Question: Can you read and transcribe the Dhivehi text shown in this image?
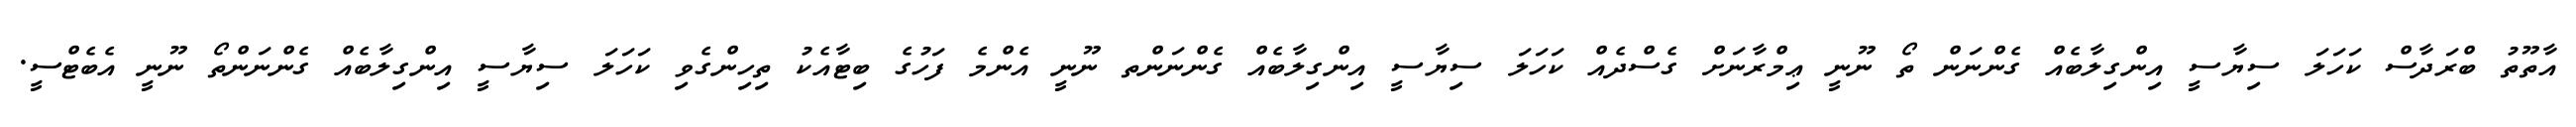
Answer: އާތޫތު ބްރަދާސް ކަހަލަ ސިޔާސީ އިންގިލާބެއް ގެންނަން ތޯ ނޫނީ ޢިމްރާނަށް ގެސްދެއް ކަހަލަ ސިޔާސީ އިންގިލާބެއް ގެންނަންތ ނޫނީ އެންމެ ފަހުގެ ބިޓާއެކު ތިހިންގެވި ކަހަލަ ސިޔާސީ އިންގިލާބެއް ގެންނަންތޯ ނޫނީ އެބެޓްސީ.